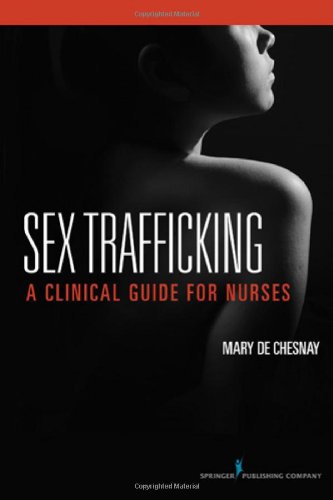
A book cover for Sex Trafficking: A Clinical Guide for Nurses; Medical Books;